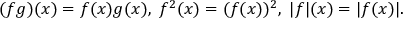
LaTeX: ( f g ) ( x ) = f ( x ) g ( x ) , \; f ^ { 2 } ( x ) = ( f ( x ) ) ^ { 2 } , \; | f | ( x ) = | f ( x ) | .